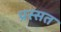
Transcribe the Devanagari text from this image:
प्रस्सत